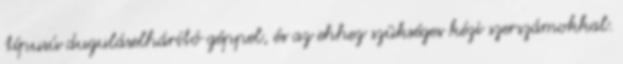
típusú duguláselhárító géppel, és az ehhez szükséges kézi szerszámokkal.